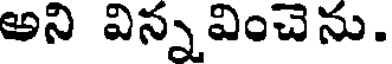
అని విన్నవించెను.